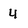
Character: 4